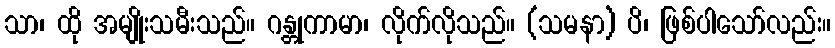
သာ၊ ထို အမျိုးသမီးသည်။ ဂန္တုကာမာ၊ လိုက်လိုသည်။ (သမနာ) ပိ၊ ဖြစ်ပါသော်လည်း။